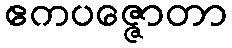
ဧကပဇ္ဇောတာ